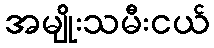
အမျိုးသမီးငယ်